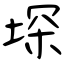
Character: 堔